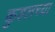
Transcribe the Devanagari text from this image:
कुडलच्या